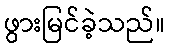
ဖွားမြင်ခဲ့သည်။